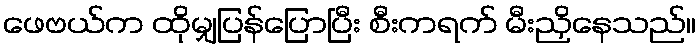
ဖေဗယ်က ထိုမျှပြန်ပြောပြီး စီးကရက် မီးညှိနေသည်။